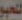
للحبو